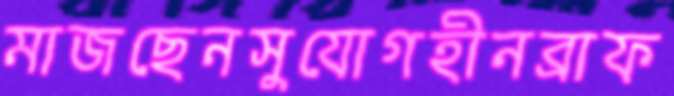
মাজছেনসুযোগহীনব্রাফ